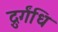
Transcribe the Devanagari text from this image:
द्रुर्गंधि